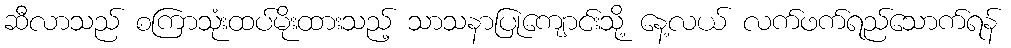
ဆီလာသည် စကြာသုံးထပ်မိုးထားသည့် သာသနာပြုကျောင်းသို့ နေ့လယ် လက်ဖက်ရည်သောက်ရန်